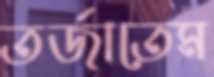
তর্জাতেম